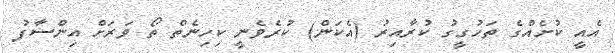
އެއީ ކުށެއްގެ ތަހުގީގު ކުރާއިރު (އެކަން) ކުރެވެނީ ކިހިނެތް ތޯ ވަރަށް އިންސާފު